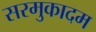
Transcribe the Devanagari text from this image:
सरमुकादम